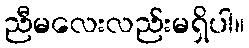
ညီမလေးလည်းမရှိပါ။